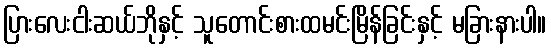
ပြားလေးငါးဆယ်ဘိုနှင့် သူတောင်းစားထမင်းမြိန်ခြင်းနှင့် မခြားနားပါ။